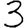
Digit: 3